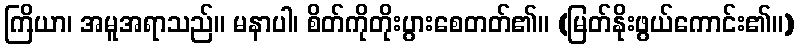
ကြိယာ၊ အမူအရာသည်။ မနာပါ၊ စိတ်ကိုတိုးပွားစေတတ်၏။ (မြတ်နိုးဖွယ်ကောင်း၏။)